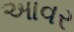
આવર